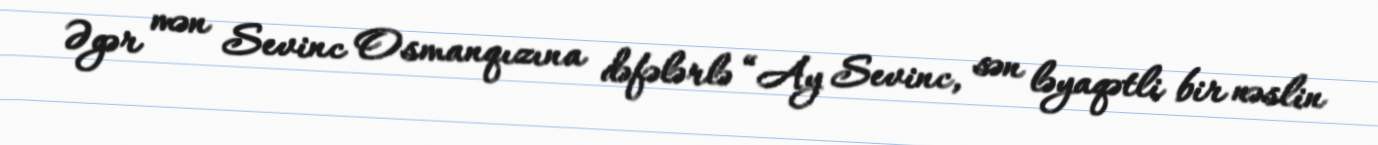
Əgər mən Sevinc Osmanqızına dəfələrlə “Ay Sevinc, sən ləyaqətli bir nəslin